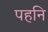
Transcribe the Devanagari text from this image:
पहनि